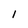
Character: l